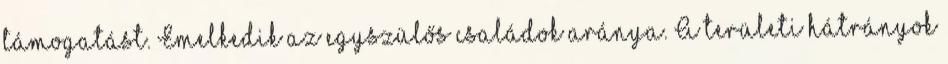
támogatást. Emelkedik az egyszülős családok aránya. A területi hátrányok